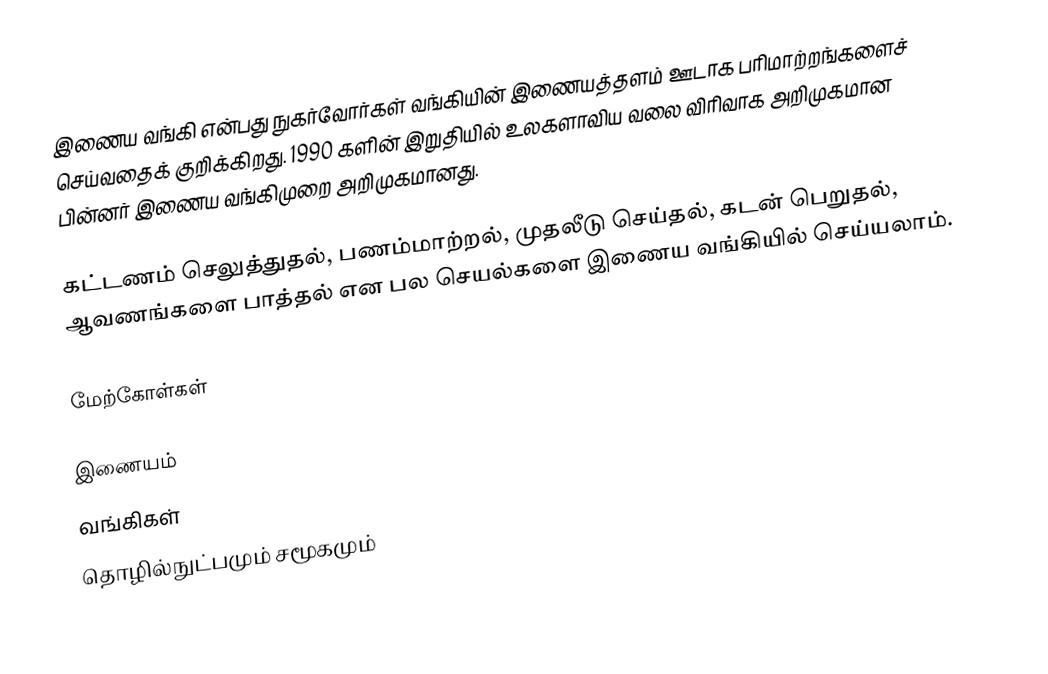
இணைய வங்கி என்பது நுகர்வோர்கள் வங்கியின் இணையத்தளம் ஊடாக பரிமாற்றங்களைச் செய்வதைக் குறிக்கிறது. 1990 களின் இறுதியில் உலகளாவிய வலை விரிவாக அறிமுகமான பின்னர் இணைய வங்கிமுறை அறிமுகமானது.

கட்டணம் செலுத்துதல், பணம்மாற்றல், முதலீடு செய்தல், கடன் பெறுதல், ஆவணங்களை பாத்தல் என பல செயல்களை இணைய வங்கியில் செய்யலாம்.

மேற்கோள்கள்

இணையம்
வங்கிகள்
தொழில்நுட்பமும் சமூகமும்